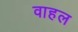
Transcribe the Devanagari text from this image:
वाहल